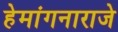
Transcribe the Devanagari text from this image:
हेमांगनाराजे